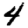
Digit: 4